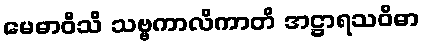
မေဓာဝီသိ သဗ္ဗကာလိကာတိ အဋ္ဌာရသဝိဓာ